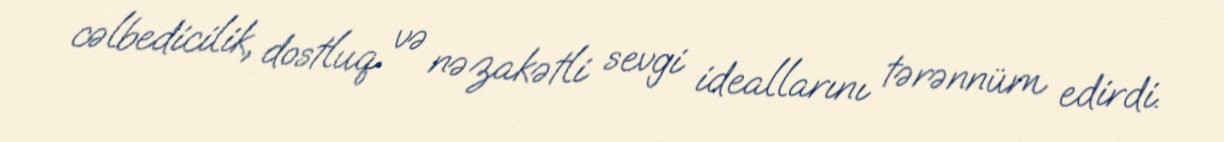
cəlbedicilik, dostluq və nəzakətli sevgi ideallarını tərənnüm edirdi.